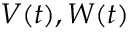
\mathbf { } V ( t ) , W ( t )